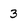
Character: 3